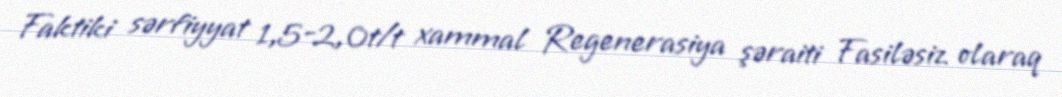
Faktiki sərfiyyat 1,5-2,0t/t xammal Regenerasiya şəraiti Fasiləsiz olaraq